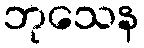
ဘုသေန